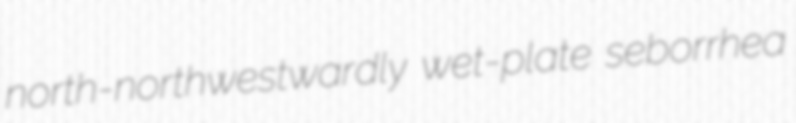
north-northwestwardly wet-plate seborrhea